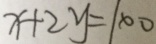
x + 2 y = 1 0 0